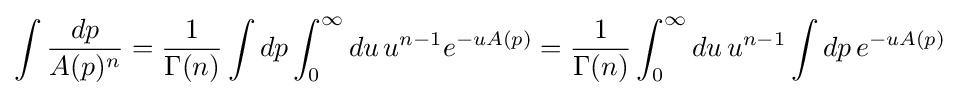
\int {\frac {dp}{A(p)^{n}}}={\frac {1}{\Gamma (n)}}\int dp\int _{0}^{\infty }du\,u^{n-1}e^{-uA(p)}={\frac {1}{\Gamma (n)}}\int _{0}^{\infty }du\,u^{n-1}\int dp\,e^{-uA(p)}